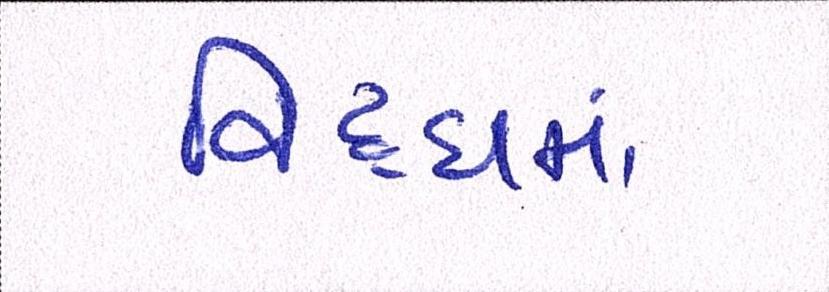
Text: વિધ્ધમાં